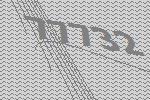
77732